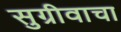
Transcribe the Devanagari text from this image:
सुग्रीवाचा